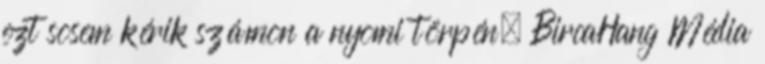
ezt sosem kérik számon a nyomi törpén. BircaHang Média